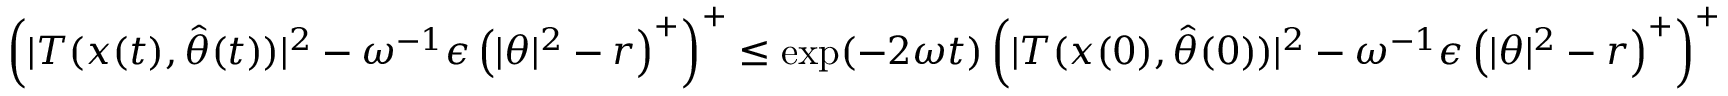
\begin{array} { r } { \left( \vert T ( x ( t ) , \hat { \theta } ( t ) ) \vert ^ { 2 } - \omega ^ { - 1 } \epsilon \left( \vert \theta \vert ^ { 2 } - r \right) ^ { + } \right) ^ { + } \leq \exp ( - 2 \omega t ) \left( \vert T ( x ( 0 ) , \hat { \theta } ( 0 ) ) \vert ^ { 2 } - \omega ^ { - 1 } \epsilon \left( \vert \theta \vert ^ { 2 } - r \right) ^ { + } \right) ^ { + } } \end{array}